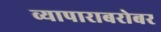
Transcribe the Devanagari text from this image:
व्यापाराबरोबर